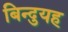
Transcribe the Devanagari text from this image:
बिन्दुयह